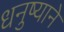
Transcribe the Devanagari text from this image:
धनुष्याने